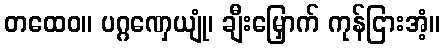
တထေဝ။ ပဂ္ဂဏှေယျုံ၊ ချီးမြှောက် ကုန်ငြားအံ့။